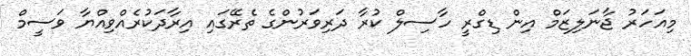
މިއަހަރު ޖާނަލިޒަމް އިން ޑިގްރީ ހާސިލް ކުރާ ދަރިވަރުންގެ ތެރޭގައި އިރާދަކުރެއްވިއްޔާ ވަސީމް